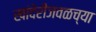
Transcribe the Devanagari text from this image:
खांदेरीजवळच्या